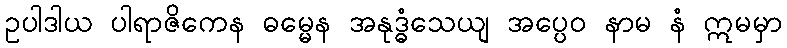
ဥပါဒါယ ပါရာဇိကေန ဓမ္မေန အနုဒ္ဓံသေယျ အပ္ပေဝ နာမ နံ ဣမမှာ